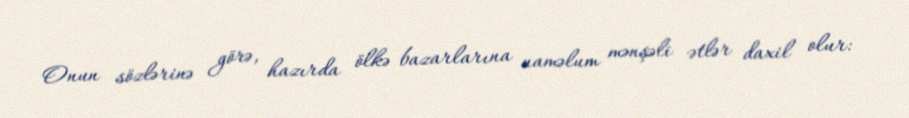
Onun sözlərinə görə, hazırda ölkə bazarlarına naməlum mənşəli ətlər daxil olur: